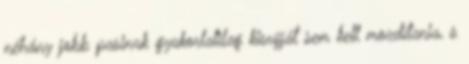
néhány jobb pasinak gyakorlatilag kisujját sem kell mozdítania, s